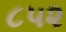
૮૫૨